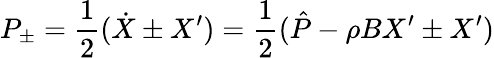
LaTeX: P_{\pm}=\frac{1}{2}(\dot{X}\pm X^{\prime})=\frac{1}{2}(\hat{P}-\rho BX^{\prime}\pm X^{\prime})